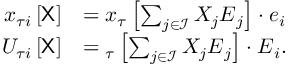
\begin{array} { r l } { { x } _ { \tau i } \left[ \sf X \right] } & { = { \u { x } } _ { \u { \tau } } \left[ \sum _ { j \in \mathcal { I } } X _ { j } \boldsymbol { E } _ { j } \right] \cdot \boldsymbol { e } _ { i } } \\ { { U } _ { \tau i } \left[ \sf X \right] } & { = { \u { U } } _ { \u { \tau } } \left[ \sum _ { j \in \mathcal { I } } X _ { j } \boldsymbol { E } _ { j } \right] \cdot \boldsymbol { E } _ { i } . } \end{array}